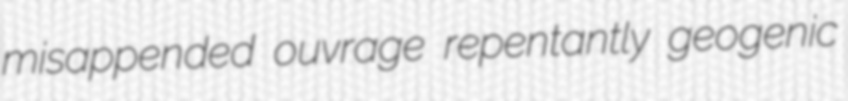
misappended ouvrage repentantly geogenic